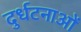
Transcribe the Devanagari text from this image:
दुर्धटनाओं